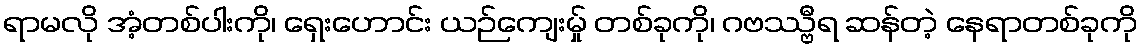
ရာမလို အံ့တစ်ပါးကို၊ ရှေးဟောင်း ယဉ်ကျေးမ်ှု တစ်ခုကို၊ ဂဗဿ္ဗီရ ဆန်တဲ့ နေရာတစ်ခုကို